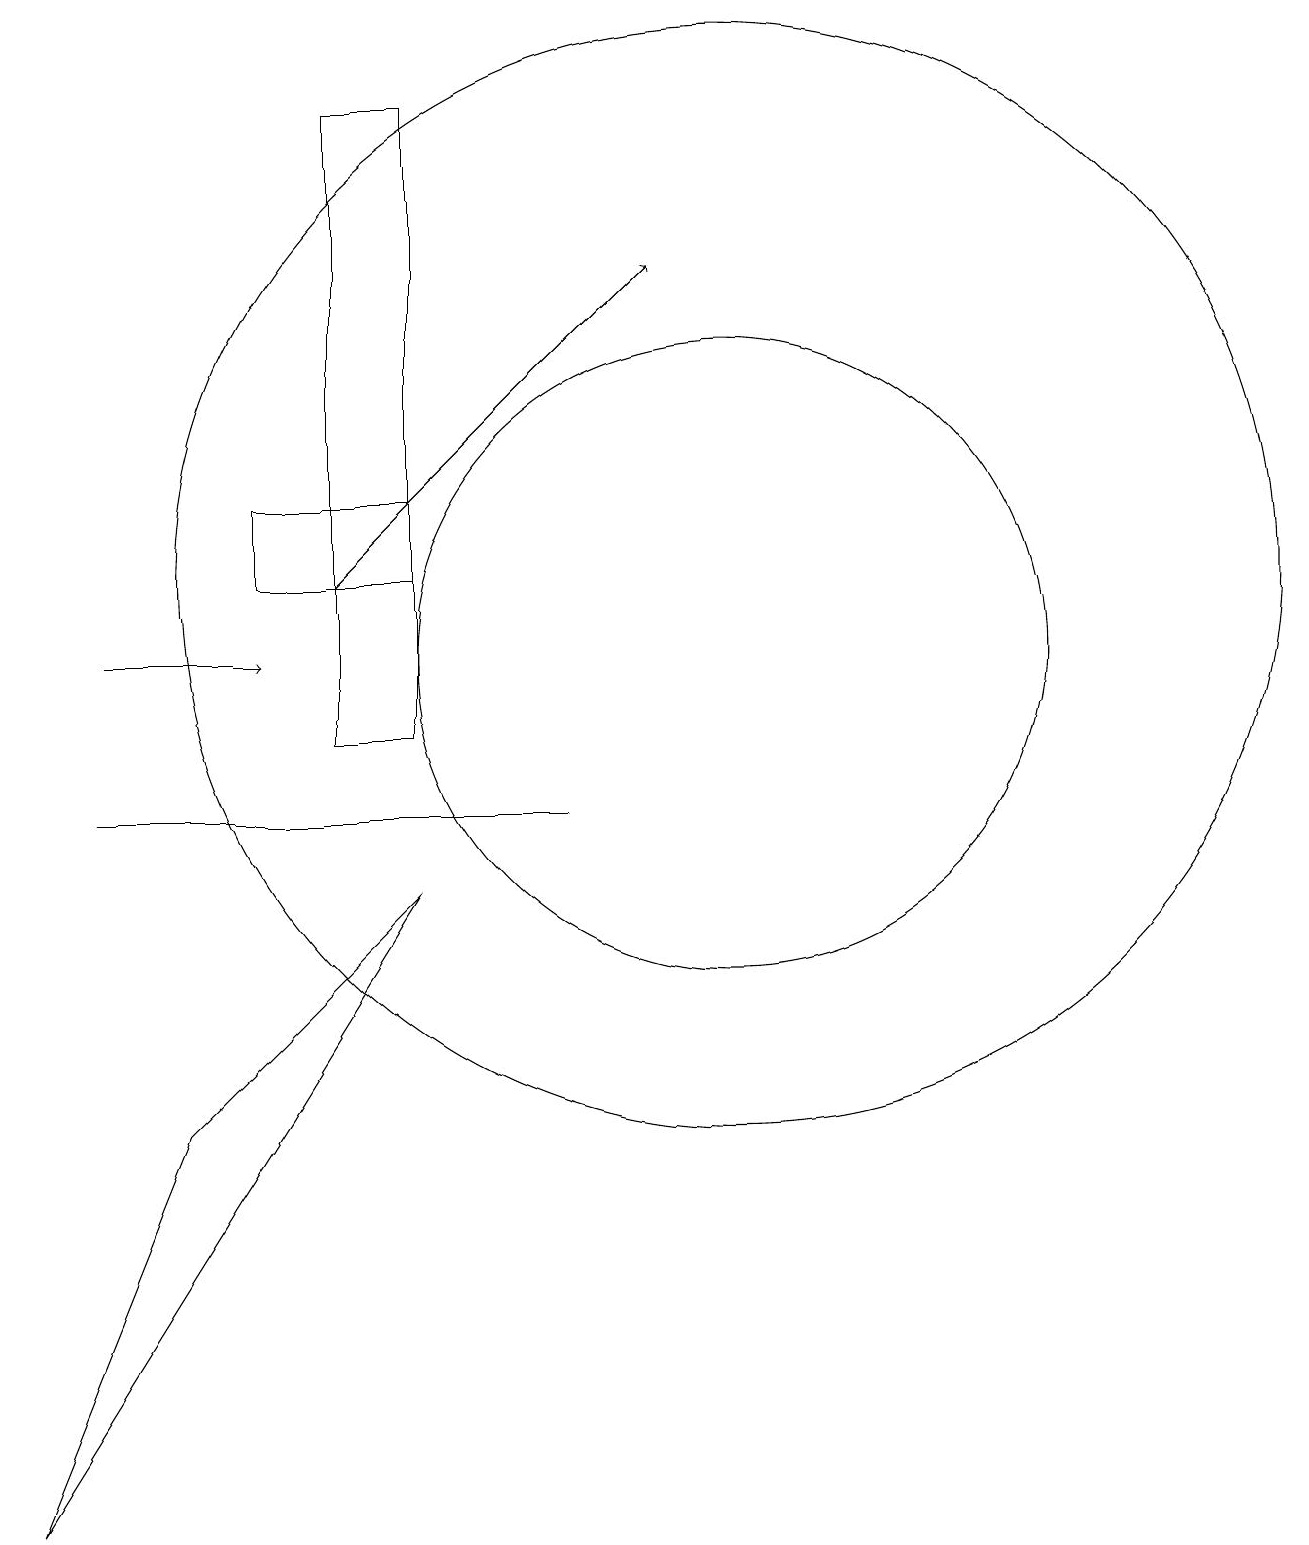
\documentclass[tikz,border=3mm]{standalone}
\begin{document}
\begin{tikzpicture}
\draw (4,12) rectangle (6,13);
\draw (10,11) circle (4);
\draw[->] (5,12) -- (9,16);
\draw[->] (2,11) -- (4,11);
\draw (10,12) circle (7);
\draw (6,8) -- (1,0) -- (3,5) -- cycle;
\draw (4,9) -- (8,9) -- (2,9) -- cycle;
\draw (5,18) rectangle (6,10);
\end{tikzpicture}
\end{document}